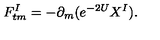
F _ { t m } ^ { I } = - \partial _ { m } ( e ^ { - 2 U } X ^ { I } ) .